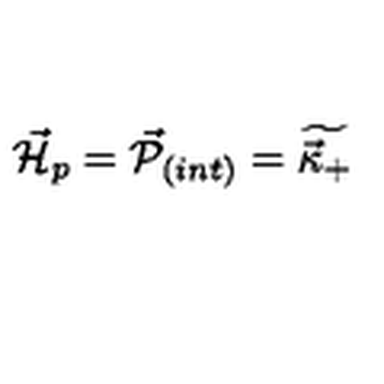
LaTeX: { \vec { { \cal H } } } _ { p } = { \vec { { \cal P } } } _ { ( i n t ) } = \widetilde { \vec { \kappa } _ { + } }